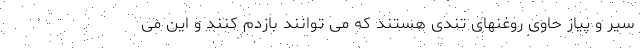
سیر و پیاز حاوی روغنهای تندی هستند که می توانند بازدم کنند و این می